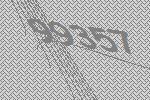
99357